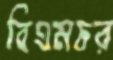
বিএমচর